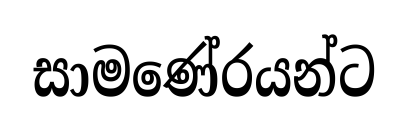
සාමණේරයන්ට